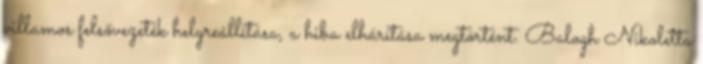
villamos felsővezeték helyreállítása, a hiba elhárítása megtörtént. Balogh Nikoletta